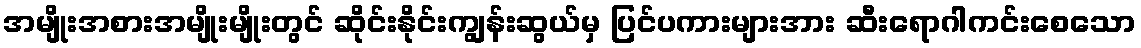
အမျိုးအစားအမျိုးမျိုးတွင် ဆိုင်းနိုင်းကျွန်းဆွယ်မှ ပြင်ပကားများအား ဆီးရောဂါကင်းစေသော